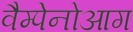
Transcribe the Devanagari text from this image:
वैम्पेनोआग